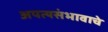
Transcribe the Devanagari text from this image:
अपत्यसंभावाचे